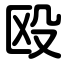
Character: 殴